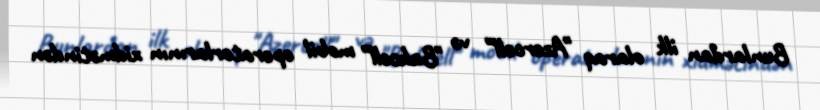
Bunlardan ilk olaraq "Azercell" və "Bakcell" mobil operatorlarının xidmətindən